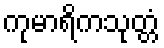
ကုမာရိကသုတ္တံ